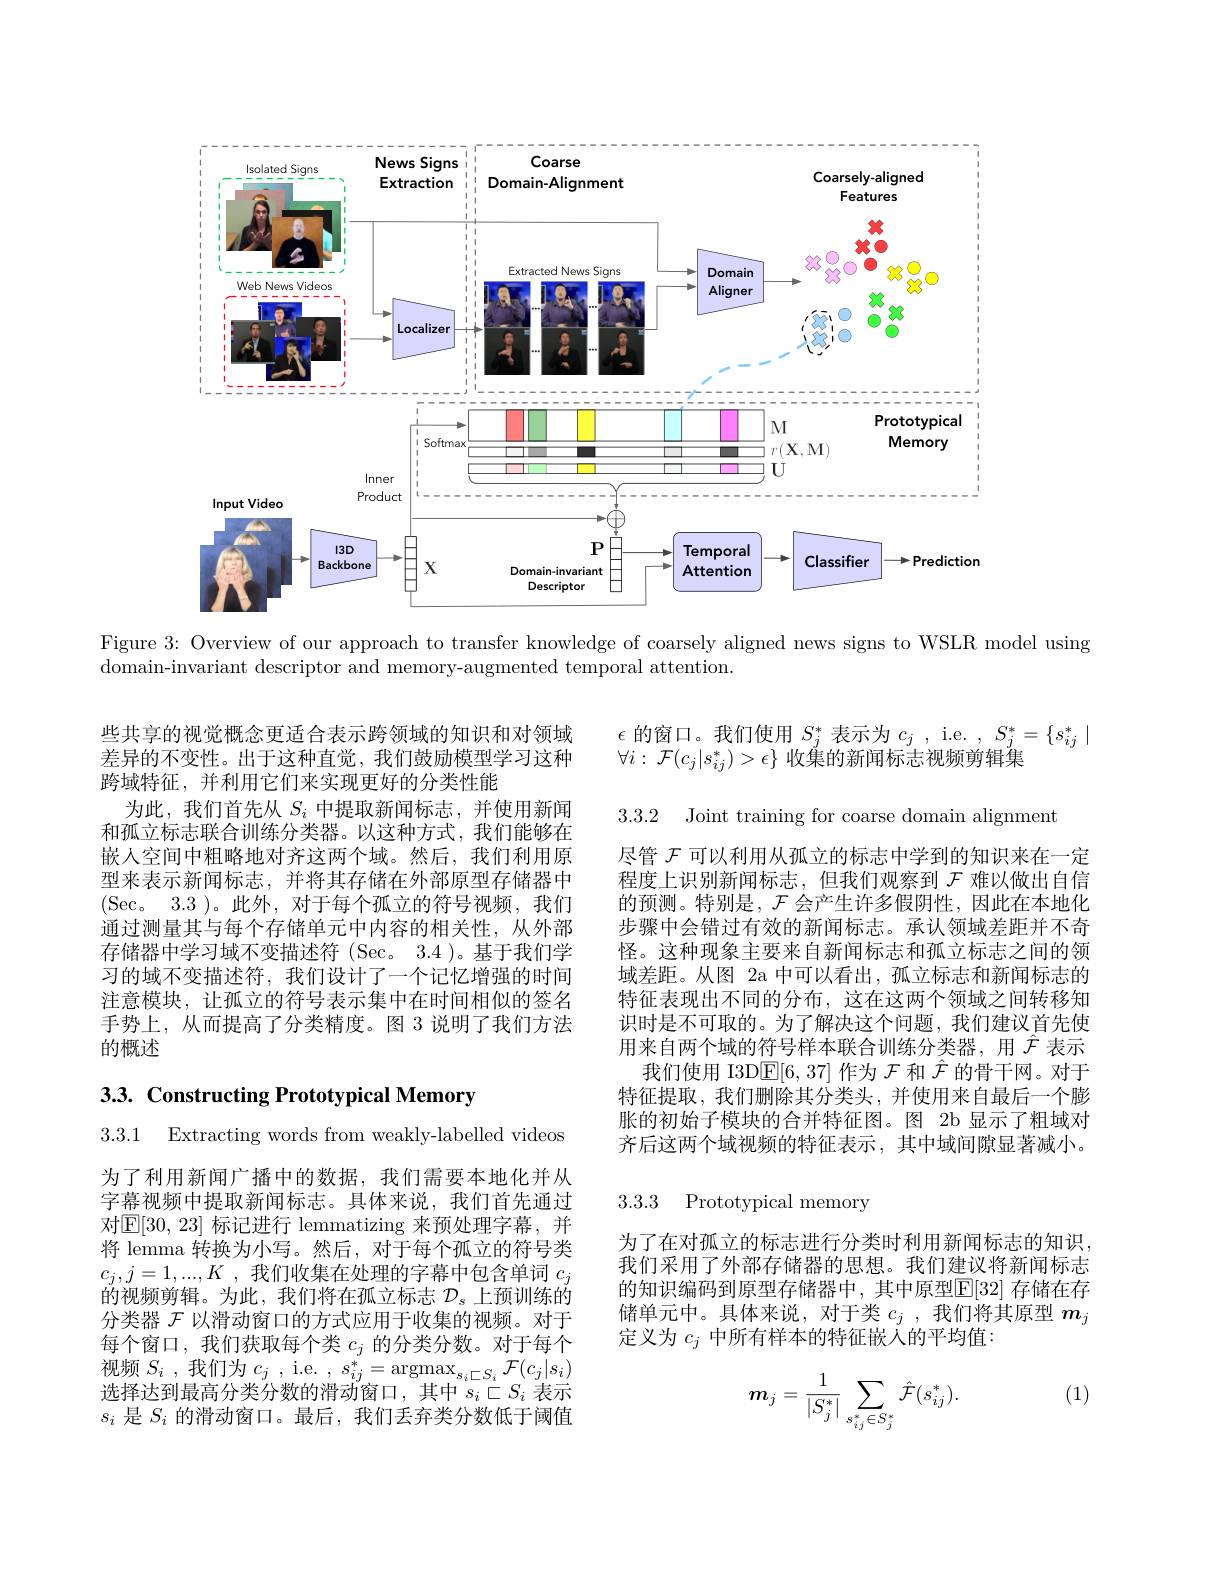
<FigureHere>

Figure 3: Overview of our approach to transfer knowledge of coarsely aligned news signs to WSLR model using
domain-invariant descriptor and memory-augmented temporal attention.

$\epsilon$的窗口。我们使用$S_j^*$表示为$c_j$, i.e. $,S_j^*=\{s_{ij}^*\mid$

$\forall i:\mathcal{F}(c_j|s_{ij}^*)>\epsilon\}$收集的新闻标志视频剪辑集

3.3.2 Joint training for coarse domain alignment

些共享的视觉概念更适合表示跨领域的知识和对领域差异的不变性。出于这种直觉，我们鼓励模型学习这种跨域特征，并利用它们来实现更好的分类性能
为此，我们首先从$S_i$中提取新闻标志，并使用新闻和孤立标志联合训练分类器。以这种方式，我们能够在嵌人空间中粗略地对齐这两个域。然后，我们利用原型来表示新闻标志，并将其存储在外部原型存储器中(Sec。3.3 )。此外，对于每个孤立的符号视频，我们通过测量其与每个存储单元中内容的相关性，从外部存储器中学习域不变描述符(Sec。3.4)。基于我们学习的域不变描述符，我们设计了一个记忆增强的时间注意模块，让孤立的符号表示集中在时间相似的签名手势上，从而提高了分类精度。图 3 说明了我们方法的概述

尽管$\mathcal{F}$可以利用从孤立的标志中学到的知识来在一定程度上识别新闻标志，但我们观察到$\mathcal{F}$难以做出自信的预测。特别是，$\mathcal{F}$会产生许多假阴性，因此在本地化步骤中会错过有效的新闻标志。承认领域差距并不奇怪。这种现象主要来自新闻标志和孤立标志之间的领域差距。从图 2a 中可以看出，孤立标志和新闻标志的特征表现出不同的分布，这在这两个领域之间转移知识时是不可取的。为了解决这个问题，我们建议首先使用来自两个域的符号样本联合训练分类器，用$\hat{\mathcal{F}}$表示
我们使用 I3D$\mathbb{E}[6,37]$作为$\mathcal{F}$和$\hat{\mathcal{F}}$的骨干网。对于特征提取，我们删除其分类头，并使用来自最后一个膨胀的初始子模块的合并特征图。图 2b 显示了粗域对齐后这两个域视频的特征表示，其中域间隙显著减小。

## 3.3. Constructing Prototypical Memory

3.3.1 Extracting words from weaklv-labelled videos

3.3.3 Prototypical memory

为了在对孤立的标志进行分类时利用新闻标志的知识， 我们采用了外部存储器的思想。我们建议将新闻标志的知识编码到原型存储器中，其中原型$\mathbb{E}[32]$ 存储在存储单元中。具体来说，对于类$c_j$ ,我们将其原型$m_j$ 定义为$c_j$中所有样本的特征嵌入的平均值：

为了利用新闻广播中的数据，我们需要本地化并从字幕视频中提取新闻标志。具体来说，我们首先通过对$\mathbb{E}[30,23]$ 标记进行 lemmatizing 来预处理字幕，并将 lemma 转换为小写。然后，对于每个孤立的符号类$c_j,j=1,...,K$ ,我们收集在处理的字幕中包含单词$c_j$ 的视频剪辑。为此，我们将在孤立标志$\mathcal{D}_s$上预训练的分类器$\mathcal{F}$以滑动窗口的方式应用于收集的视频。对于每个窗口，我们获取每个类$c_j$的分类分数。对于每个视频$S_i$ ,我们为$c_j$ , i.e. $,s_ij^*=\operatorname{argmax}_{s_i\subset S_i}\mathcal{F}(c_j|s_i)$ 选择达到最高分类分数的滑动窗口，其中$s_i\subset S_i$表示$s_i$是$S_i$的滑动窗口。最后，我们丢弃类分数低于阈值

(1)
$$m_j=\frac{1}{|S_j^*|}\sum_{s_{ij}^*\in S_j^*}\hat{\mathcal{F}}(s_{ij}^*).$$